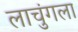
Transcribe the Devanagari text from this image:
लाचुंगला